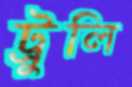
ট্রুলি